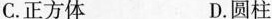
C.正方体 D.圆柱